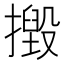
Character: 𢶙